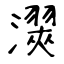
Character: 㵤